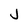
Character: J